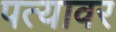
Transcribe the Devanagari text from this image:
पत्‍यावर